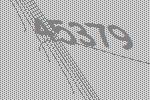
45379